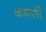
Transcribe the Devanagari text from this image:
कणसी